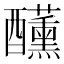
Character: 𮡍